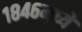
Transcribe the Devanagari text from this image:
१८४६मध्ये